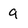
Character: 9